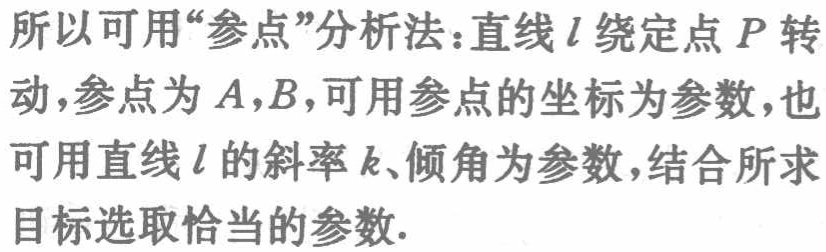
所以可用“参点”分析法：直线\(l\)绕定点\(P\)转动,参点为\(A,B\)，可用参点的坐标为参数，也可用直线\(l\)的斜率\(k\)、倾角为参数，结合所求目标选取恰当的参数.